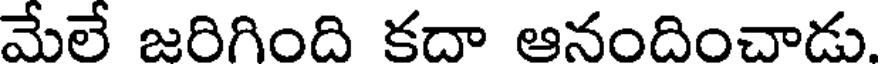
మేలే జరిగింది కదా ఆనందించాడు